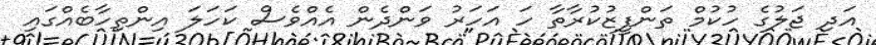
އަދި ޖަލުގެ ހުކުމް ތަންފީޒުކުރާތާ ހަ އަހަރު ވަންދެން އެއްވެސް ކަހަލަ އިންތިހާބެއްގައި